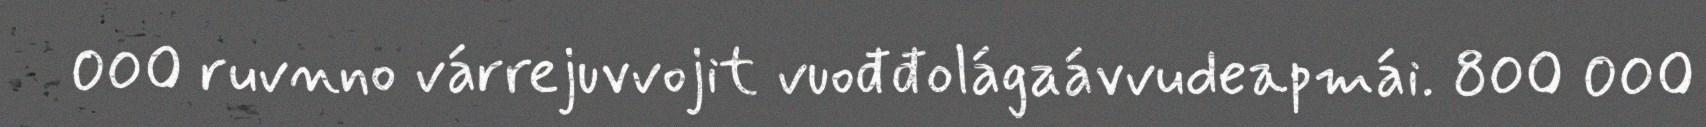
000 ruvnno várrejuvvojit vuođđolágaávvudeapmái. 800 000